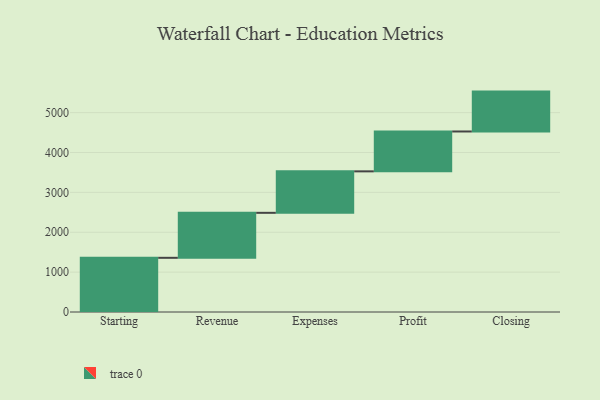
{"axis": {"x": "Step", "y": "Value"}, "legend": [""], "data": [{"x": "Starting", "y": 1359.0, "type": ""}, {"x": "Revenue", "y": 1128.0, "type": ""}, {"x": "Expenses", "y": 1040.0, "type": ""}, {"x": "Profit", "y": 1000, "type": ""}, {"x": "Closing", "y": 1000, "type": ""}]}